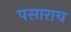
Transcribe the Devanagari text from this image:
पसाराच